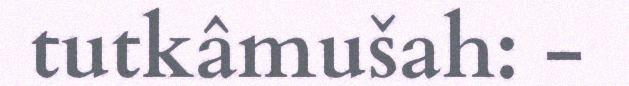
tutkâmušah: -